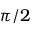
\pi / 2